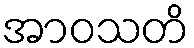
အာဝသတိ